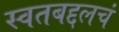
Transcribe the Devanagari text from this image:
स्वतबद्दलचं